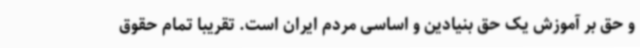
و حق بر آموزش یک حق بنیادین و اساسی مردم ایران است. تقریباً تمام حقوق